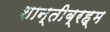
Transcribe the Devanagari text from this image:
शान्तीब्रह्म